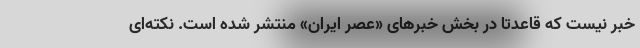
خبر نیست که قاعدتاً در بخش خبرهای «عصر ایران» منتشر شده است. نکته‌ای